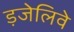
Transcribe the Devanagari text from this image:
ड़जेलिवे